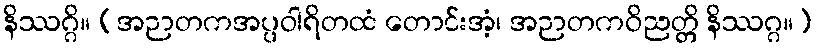
နိဿဂ္ဂိ။ (အဉာတကအပ္ပဝါရိတထံ တောင်းအံ့၊ အဉာတကဝိညတ္တိ နိဿဂ္ဂ။)